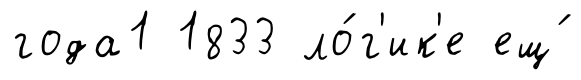
года1 1833 ло́г'ик'е ещ́